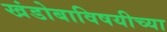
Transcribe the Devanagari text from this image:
खंडोबाविषयीच्या